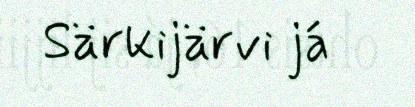
Särkijärvi já